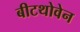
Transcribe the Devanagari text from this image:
बीटथोवेन